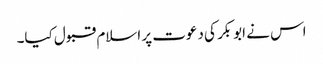
اس نے ابوبکر کی دعوت پر اسلام قبول کیا۔